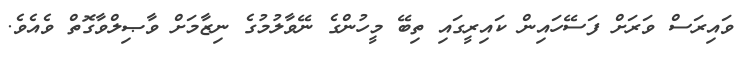
ވައިރަސް ވަރަށް ފަސޭހައިން ކައިރީގައި ތިބޭ މީހުންގެ ނޭވާލުމުގެ ނިޒާމަށް ވާޞިލްވާގޮތް ވެއެވެ.